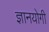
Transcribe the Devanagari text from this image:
ज्ञानयोगी